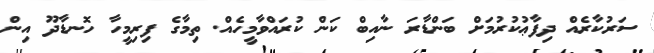
ސަރުކާރެއް ދިފާޢުކުރުމަށް ބަންޑާރަ ނާއިބް ކަން ކުރައްވާމީހެއް. ތިމާގެ ފިރިމީހާ ހޮނޑާދޫ އިން